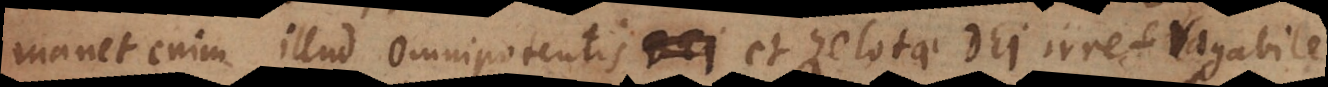
manet enim illud omnipotentis Dei et zelotae Dei irrefragabile